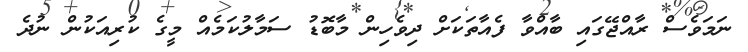
ނަމަވެސް ރާއްޖޭގައި ބާއްވާ ފެއާތަކަށް ދިވެހިން މާބޮޑު ސަމާލުކަމެއް މީގެ ކުރިއަކުން ނުދެ